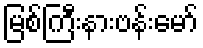
မြစ်ကြီးနားဗန်းမော်